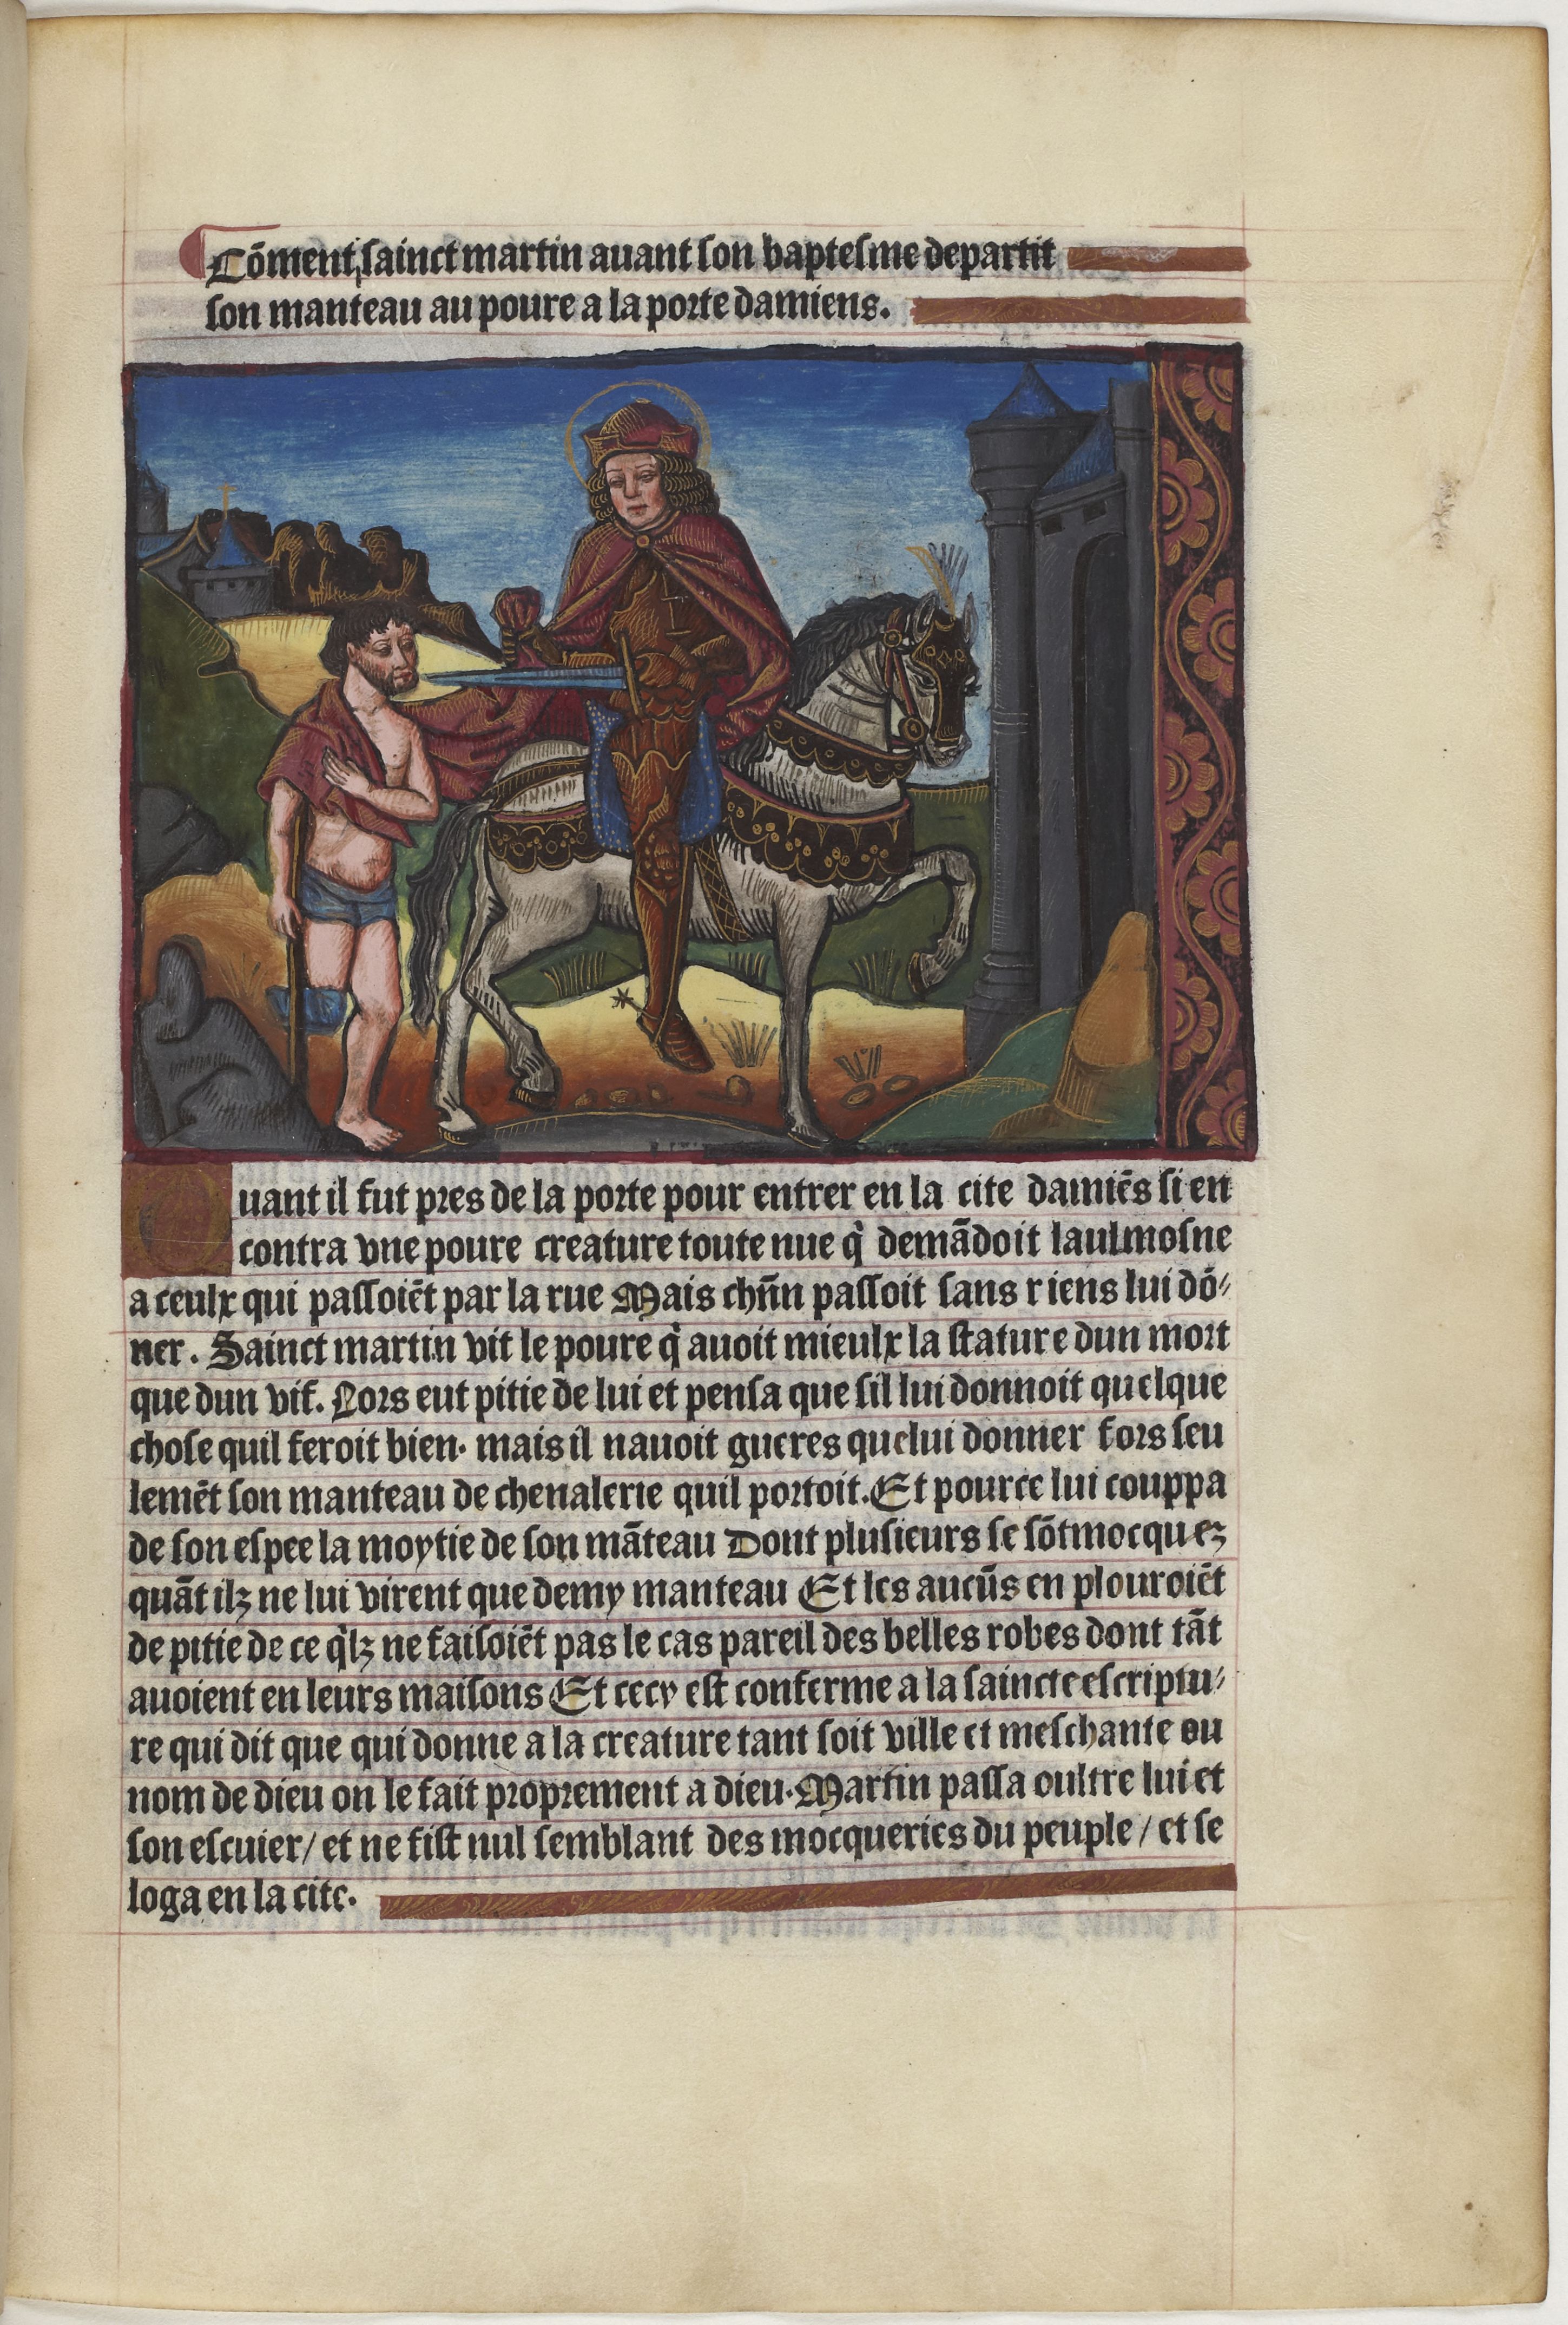
Shelfmark: Paris, BnF, Velins 1159
Century: 15